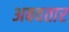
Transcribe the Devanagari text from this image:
अबवतार